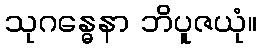
သုဂန္ဓေနာ ဘိပူဇယုံ။